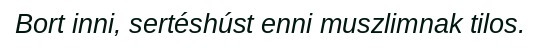
Bort inni, sertéshúst enni muszlimnak tilos.